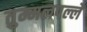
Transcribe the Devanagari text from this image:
तुम्मलपल्ले